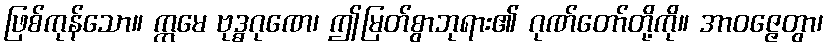
ဖြစ်ကုန်သော။ ဣမေ ဗုဒ္ဓဂုဏေ၊ ဤမြတ်စွာဘုရား၏ ဂုဏ်တော်တို့ကို။ အာဝဇ္ဇေတွာ၊